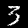
Digit: 3